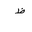
Letter: _za